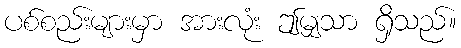
ပစ်စည်းများမှာ အားလုံး ဤမျှသာ ရှိသည်။